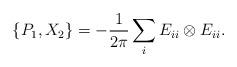
LaTeX: \begin{align*}\{P_1,X_2\}=-\frac{1}{2\pi}\sum_{i} E_{ii}\otimes E_{ii}.\end{align*}